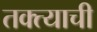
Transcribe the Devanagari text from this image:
तक्त्याची